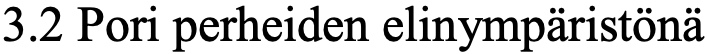
3.2 Pori perheiden elinympäristönä